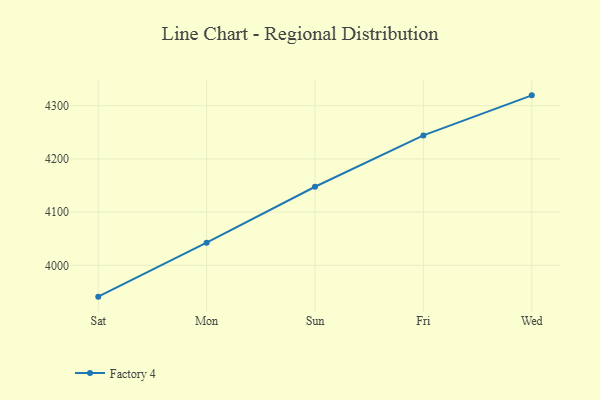
{"axis": {"x": "Day", "y": "Conversion Rate (%)"}, "legend": ["Factory 4"], "data": [{"x": "Sat", "y": 3941.2, "type": "Factory 4"}, {"x": "Mon", "y": 4042.6, "type": "Factory 4"}, {"x": "Sun", "y": 4147.7, "type": "Factory 4"}, {"x": "Fri", "y": 4244.2, "type": "Factory 4"}, {"x": "Wed", "y": 4319.4, "type": "Factory 4"}]}